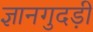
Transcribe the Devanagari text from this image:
ज्ञानगुदड़ी